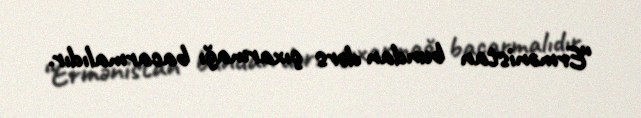
“Ermənistan bundan dərs çıxarmağı bacarmalıdır.